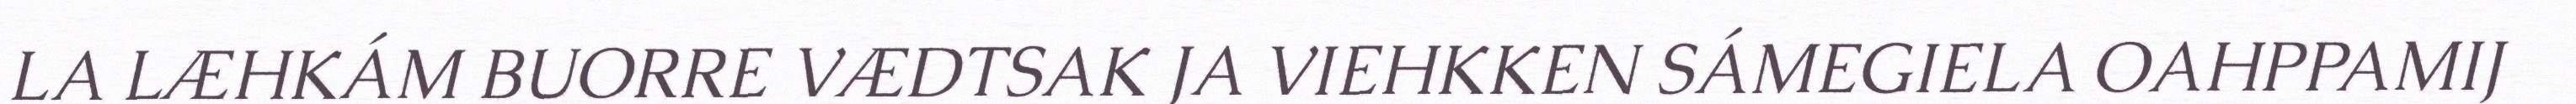
LA LÆHKÁM BUORRE VÆDTSAK JA VIEHKKEN SÁMEGIELA OAHPPAMIJ